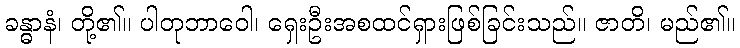
ခန္ဓာနံ၊ တို့၏။ ပါတုဘာဝေါ၊ ရှေးဦးအစထင်ရှားဖြစ်ခြင်းသည်။ ဇာတိ၊ မည်၏။